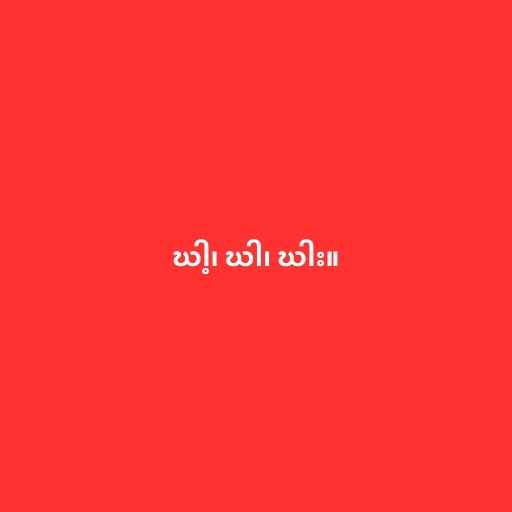
ဃါ့၊ ဃါ၊ ဃါး။